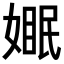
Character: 𪦓